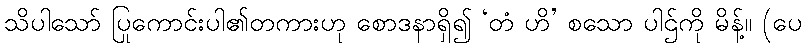
သိပါသော် ပြုကောင်းပါ၏တကားဟု စောဒနာရှိ၍ ‘တံ ဟိ’ စသော ပါဌ်ကို မိန့်။ (ပေ